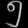
Digit: ၅